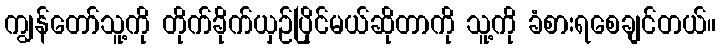
ကျွန်တော်သူ့ကို တိုက်ခိုက်ယှဉ်ပြိုင်မယ်ဆိုတာကို သူ့ကို ခံစားရစေချင်တယ်။